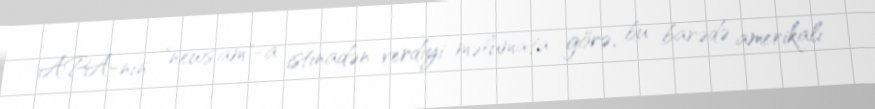
APA-nın "news.am"-a istinadən verdiyi məlumata görə, bu barədə amerikalı